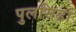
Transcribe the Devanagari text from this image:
पुलसिडा